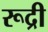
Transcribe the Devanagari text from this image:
रूद्री